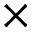
\times